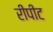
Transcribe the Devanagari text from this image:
रीपीट